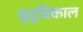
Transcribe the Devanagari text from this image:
वृद्विकाल